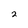
Character: 2